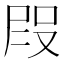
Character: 𭮭